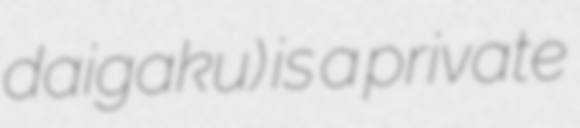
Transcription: daigaku) is a private